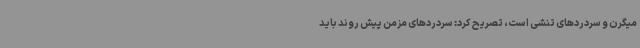
میگرن و سردردهای تنشی است، تصریح کرد: سردردهای مزمن پیش روند باید